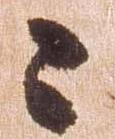
々